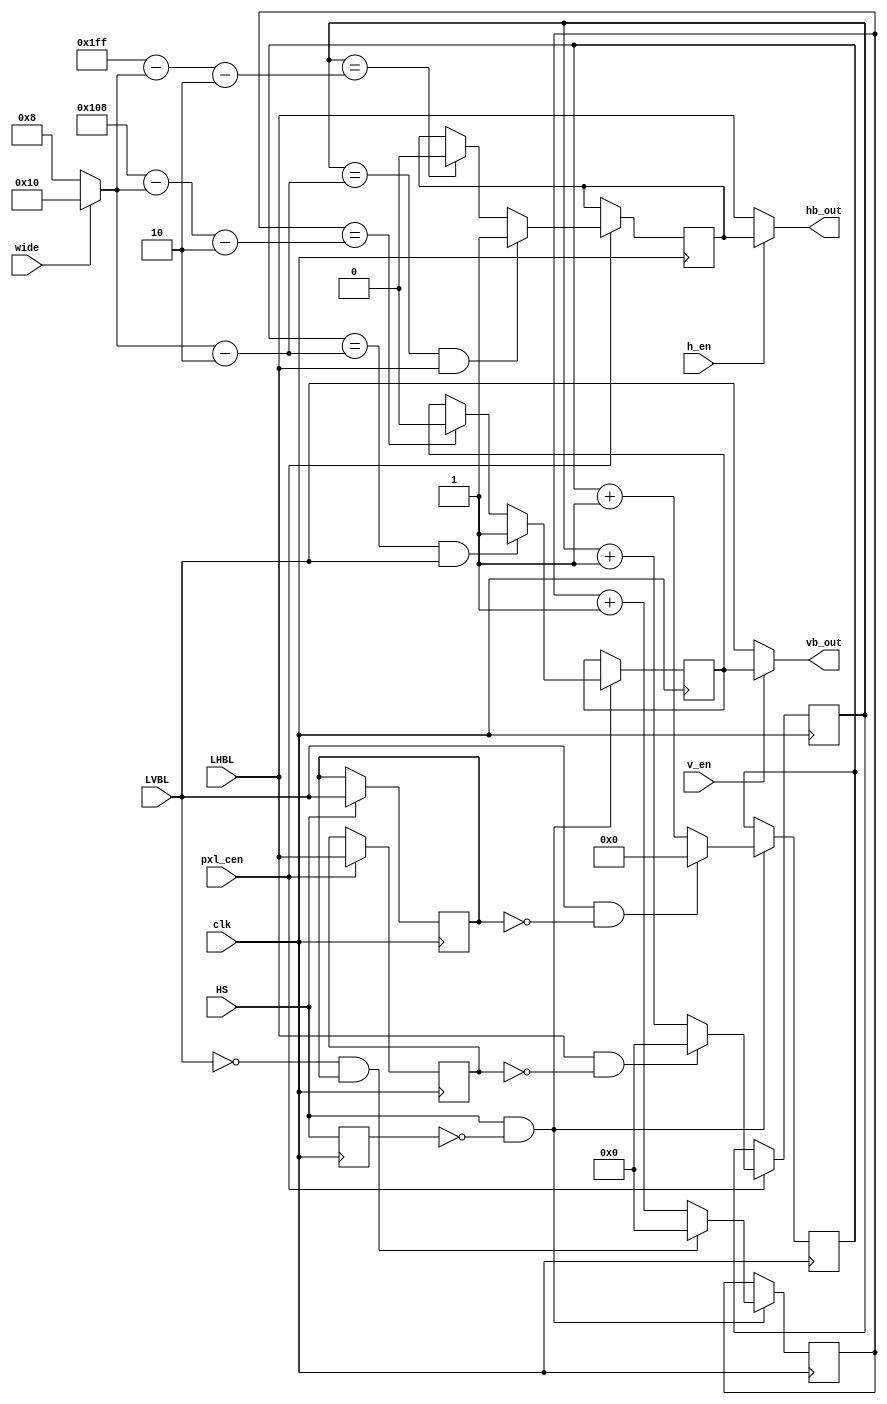
/*  This file is part of JTFRAME.
    JTFRAME program is free software: you can redistribute it and/or modify
    it under the terms of the GNU General Public License as published by
    the Free Software Foundation, either version 3 of the License, or
    (at your option) any later version.

    JTFRAME program is distributed in the hope that it will be useful,
    but WITHOUT ANY WARRANTY; without even the implied warranty of
    MERCHANTABILITY or FITNESS FOR A PARTICULAR PURPOSE.  See the
    GNU General Public License for more details.

    You should have received a copy of the GNU General Public License
    along with JTFRAME.  If not, see <http://www.gnu.org/licenses/>.

    Author: Rafael Eduardo Paiva Feener. Copyright: Miki Saito
    Version: 1.0
    Date: 03-05-2024 */

// Makes blanking signals shorter
// This is used when the game software draws black frames around the
// image. Shortening the blanking signals will cause MiSTer/Pocket
// platforms to crop the black frames
module jtframe_short_blank #(parameter WIDTH=511, HEIGHT=264) (
    input   clk,
    input   pxl_cen,
    input   LHBL,
    input   LVBL,
    input   HS,

    input   h_en,   // HB shortening enable
    input   v_en,   // VB enable
    input   wide,   // 8 or 16 pixels (per side)

    output  hb_out, // shortened outputs
    output  vb_out
);

reg [5:0] clip;
reg [5:0] max_pxl_count;
reg [7:0] ln_count=0;
reg [8:0] ln_count2=0, max_ln_count2;
reg [8:0] max_pxl_count2;
reg [8:0] pxl_count=0;
reg       lhbs, lvbs;
reg       last_hb=0, last_vb=0, last_hs=0;

assign hb_out = !h_en ? LHBL : lhbs;
assign vb_out = !v_en ? LVBL : lvbs;

always @(*) begin
    clip           = wide ? 6'd16 : 6'd8;
    max_pxl_count  = clip-6'd2;
    max_pxl_count2 = WIDTH[8:0] -{3'b0, clip}-9'd2;
    max_ln_count2  = HEIGHT[8:0]-{3'b0, clip}-9'd2;
end

always @(posedge clk) if(pxl_cen) begin
    last_hb    <= LHBL;
    pxl_count  <= pxl_count  + 1'b1;
    if( LHBL && !last_hb) pxl_count  <= 0;
    if(pxl_count==max_pxl_count2)          lhbs <= 0;
    if(pxl_count==max_pxl_count && LHBL)   lhbs <= 1;      
end

always @(posedge clk) begin
    last_hs <= HS;
    if(HS) last_vb <= LVBL;
    if(HS && !last_hs) begin
        ln_count  <= ln_count +  1'b1;
        ln_count2 <= ln_count2 + 1'b1;
        if( LVBL && !last_vb) ln_count  <= 0;
        if(!LVBL &&  last_vb) ln_count2 <= 0; 
        if(ln_count2==max_ln_count2)               lvbs <= 0;
        if(ln_count=={2'b0,max_pxl_count} && LVBL) lvbs <= 1;
    end      
end

endmodule